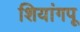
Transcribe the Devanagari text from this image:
शियांगपू